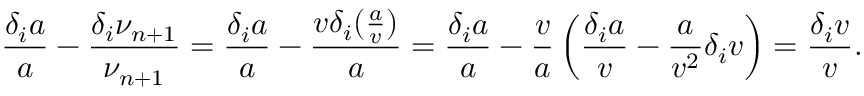
\frac { \delta _ { i } a } { a } - \frac { \delta _ { i } \nu _ { n + 1 } } { \nu _ { n + 1 } } = \frac { \delta _ { i } a } { a } - \frac { v \delta _ { i } ( \frac { a } { v } ) } { a } = \frac { \delta _ { i } a } { a } - \frac { v } { a } \left( \frac { \delta _ { i } a } { v } - \frac { a } { v ^ { 2 } } \delta _ { i } v \right) = \frac { \delta _ { i } v } { v } .